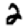
Digit: 2